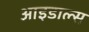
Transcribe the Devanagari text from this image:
आइडाल्स